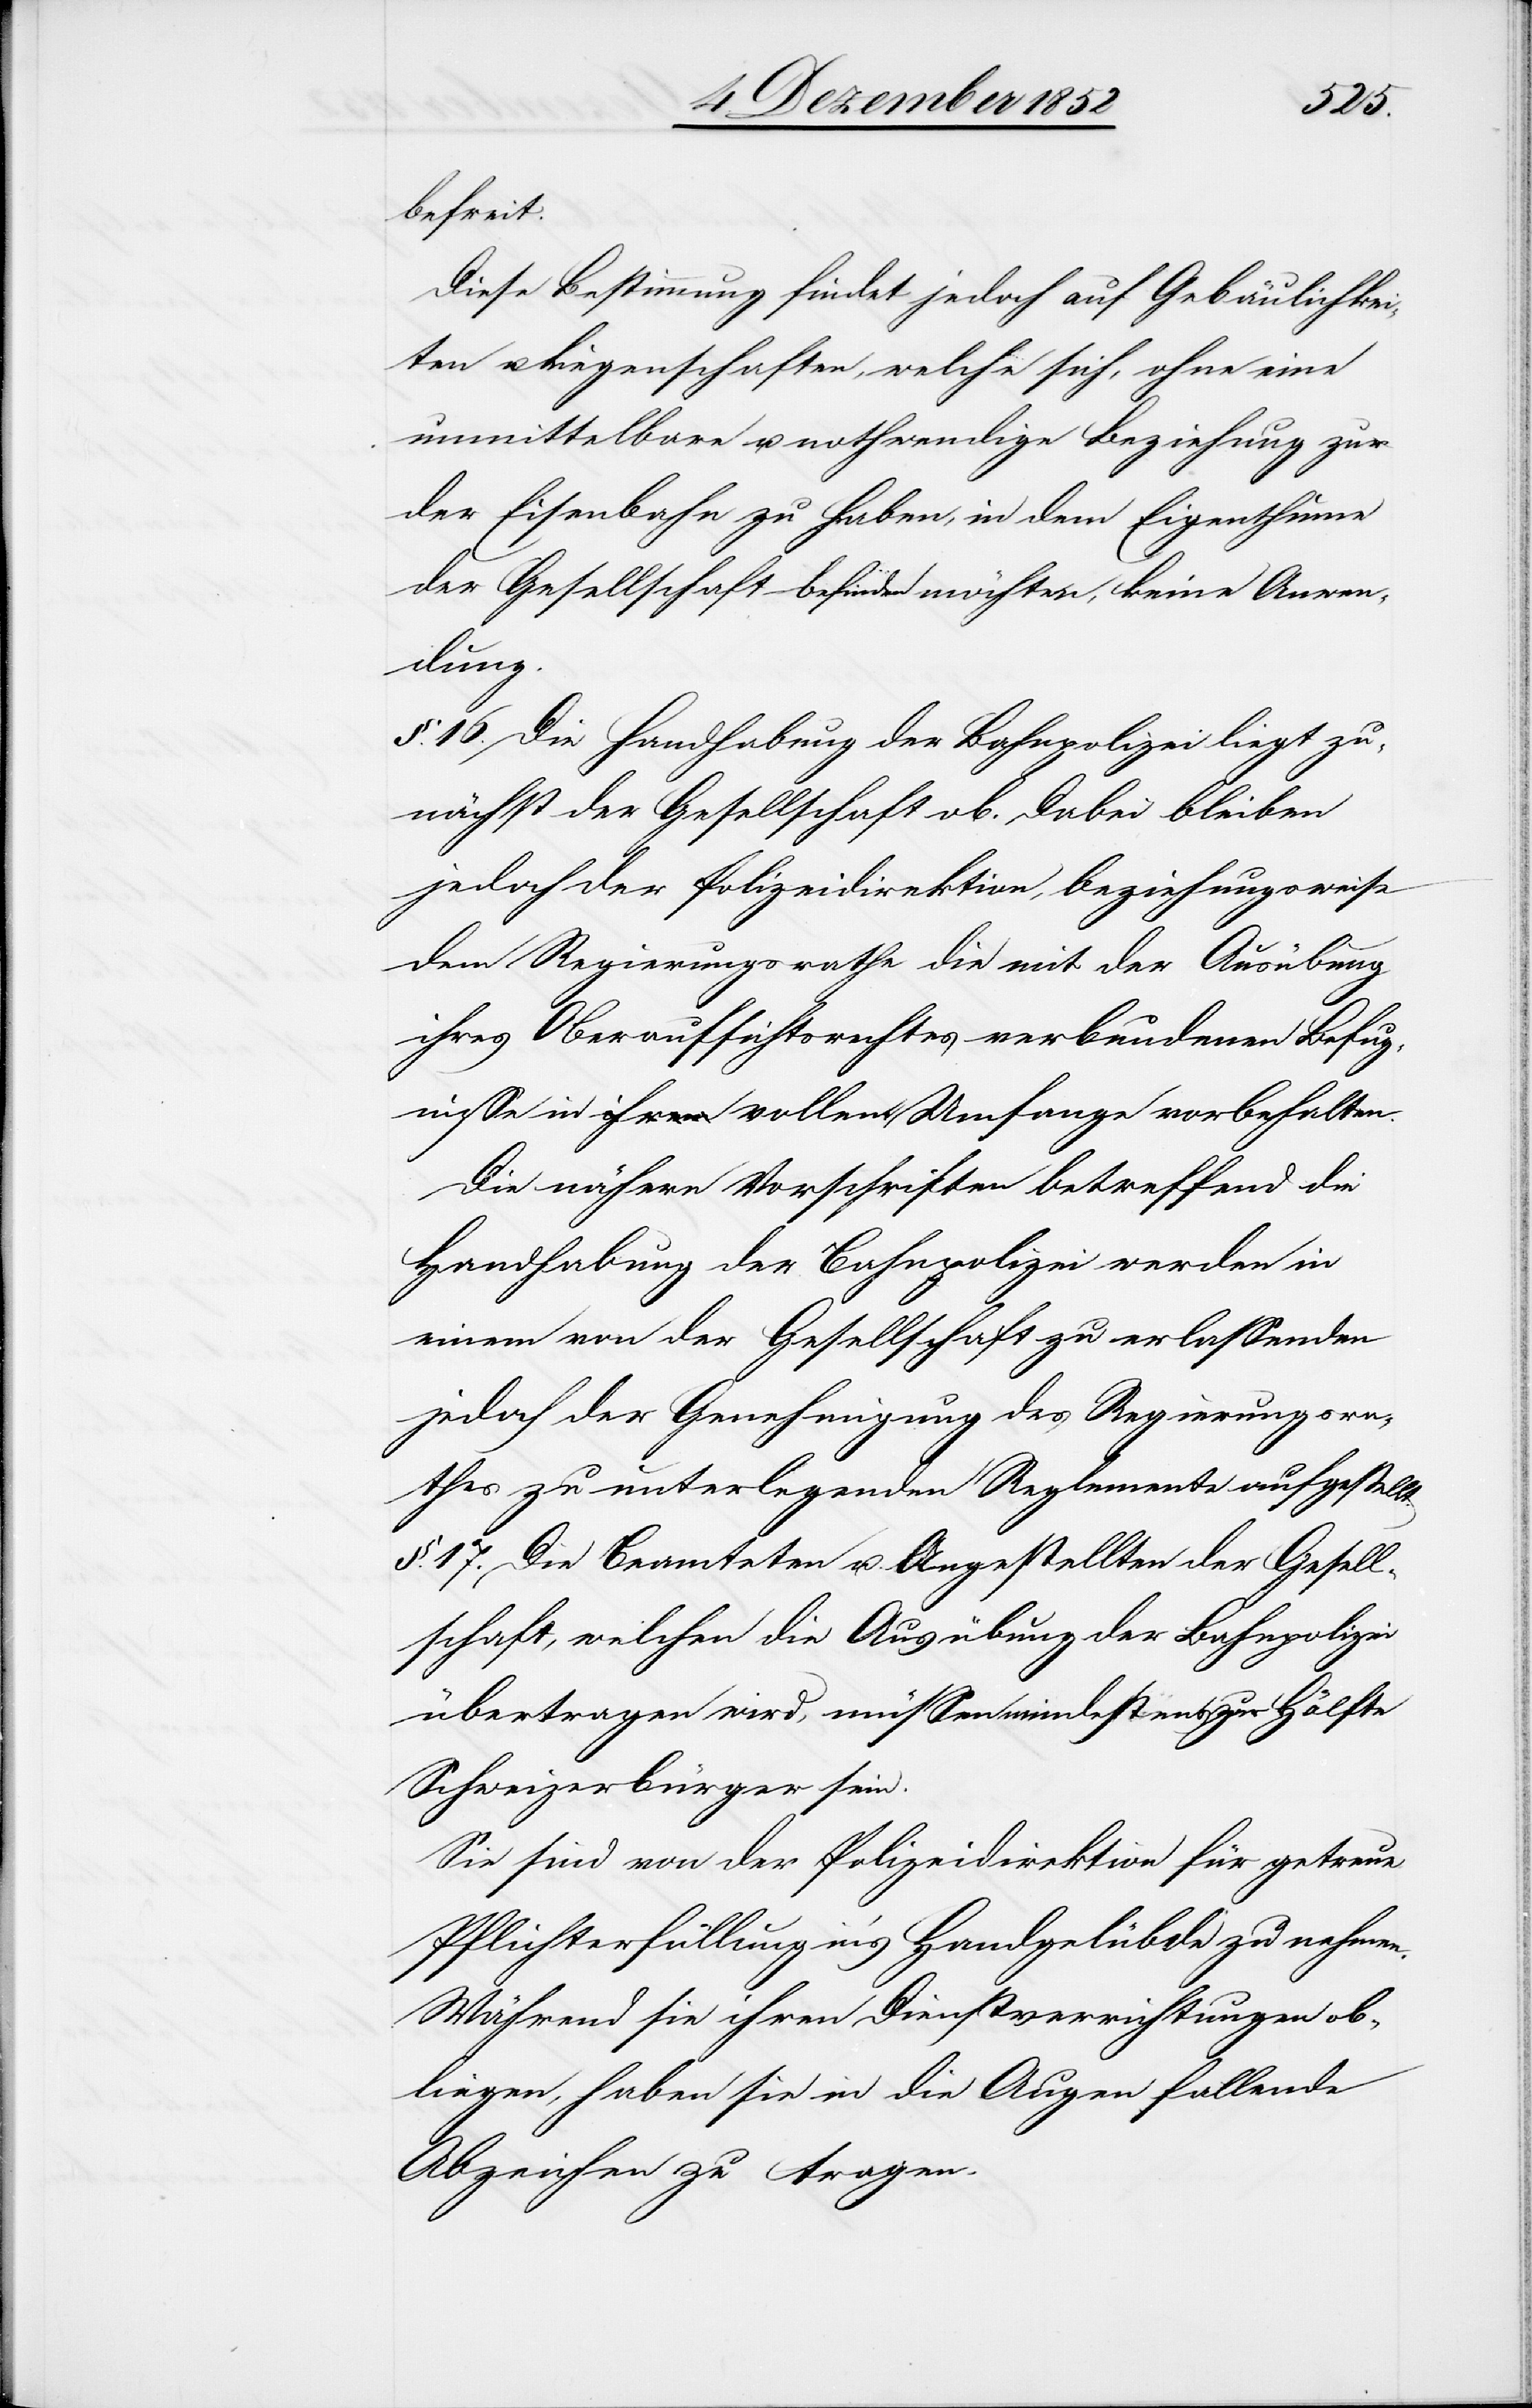
befreit.
Diese Bestimmung findet jedoch auf Gebäulichkei¬
ten u. Liegenschaften, welche sich, ohne eine
unmittelbare u. nothwendige Beziehung zu
der Eisenbahn zu haben, in dem Eigenthume
der Gesellschaft befinden möchten, keine Anwen¬
dung.
§. 16. Die Handhabung der Bahnpolizei liegt zu¬
nächst der Gesellschaft ob. Dabei bleiben
jedoch der Polizeidirektion, beziehungsweise
dem Regierungsrathe die mit der Ausübung
ihres Oberaufsichtsrechtes verbundenen Befug¬
nisse in a-ihrem-a vollem Umfange vorbehalten.
Die nähern Vorschriften betreffend die
Handhabung der Bahnpolizei werden in
einem von der Gesellschaft zu erlassenden
jedoch der Genehmigung des Regierungsra¬
thes zu unterlegenden Reglemente aufgestellt.
§. 17. Die Beamteten u. Angestellten der Gesell¬
schaft, welchen die Ausübung der Bahnpolizei
übertragen wird, müssen mindestens zur Hälfte
Schweizerbürger sein.
Sie sind von der Polizeidirektion für getreue
Pflichterfüllung in’s Handgelübde zu nehmen.
Während sie ihren Dienstverrichtungen ob¬
liegen, haben sie in die Augen fallende
Abzeichen zu tragen.